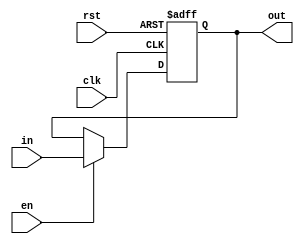
module register(clk, rst, in, en, out);
  input clk, rst, en;
  input [6:0]in;
  output reg [6:0]out;
  
  always@(posedge clk or negedge rst) begin
    if (!rst) begin
      out <= 7'b0000000;
    end
    else begin
      if (en) out <= in;
    end
  end
endmodule